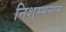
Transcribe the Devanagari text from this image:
निशुम्भनाम